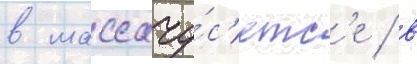
в массачу́с'етс'е / в